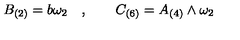
B _ { ( 2 ) } = b \omega _ { 2 } \quad , \qquad C _ { ( 6 ) } = A _ { ( 4 ) } \wedge \omega _ { 2 }